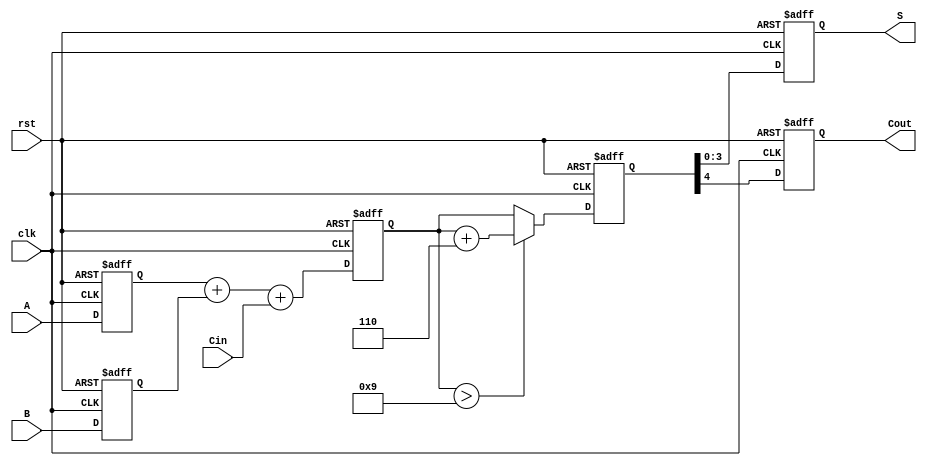
module BCD_Pipelined_Adder (
    input clk,               // Clock signal
    input rst,               // Reset signal
    input [3:0] A,          // BCD digit A
    input [3:0] B,          // BCD digit B
    input Cin,              // Carry-in
    output reg [3:0] S,     // BCD result
    output reg Cout         // Carry-out
);

    // Intermediate signals
    reg [4:0] sum;          // 5-bit sum to accommodate overflow
    reg [4:0] corrected_sum; // Corrected sum after BCD adjustment

    // Pipeline stages
    reg [3:0] A_reg, B_reg; // Registers for input stage
    reg [4:0] sum_reg;      // Register for adder stage
    reg [4:0] correction_reg; // Register for correction stage

    // Input Stage
    always @(posedge clk or posedge rst) begin
        if (rst) begin
            A_reg <= 4'b0000;
            B_reg <= 4'b0000;
        end else begin
            A_reg <= A;
            B_reg <= B;
        end
    end

    // Adder Stage
    always @(posedge clk or posedge rst) begin
        if (rst) begin
            sum_reg <= 5'b00000;
        end else begin
            sum_reg <= A_reg + B_reg + Cin; // Add A, B, and Cin
        end
    end

    // Correction Logic Stage
    always @(posedge clk or posedge rst) begin
        if (rst) begin
            correction_reg <= 5'b00000;
        end else begin
            // Check if sum exceeds BCD limit (9)
            if (sum_reg > 5'd9) begin
                correction_reg <= sum_reg + 5'b00110; // Add 6 in binary
            end else begin
                correction_reg <= sum_reg; // No correction needed
            end
        end
    end

    // Output Stage
    always @(posedge clk or posedge rst) begin
        if (rst) begin
            S <= 4'b0000;
            Cout <= 1'b0;
        end else begin
            S <= correction_reg[3:0]; // Take lower 4 bits as result
            Cout <= correction_reg[4]; // Carry-out is the 5th bit
        end
    end

endmodule